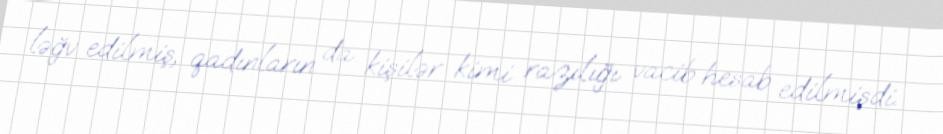
ləğv edilmiş, qadınların da kişilər kimi razılığı vacib hesab edilmişdi.